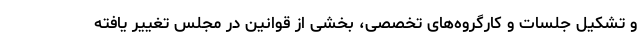
و تشکیل جلسات و کارگروه‌های تخصصی، بخشی از قوانین در مجلس تغییر یافته